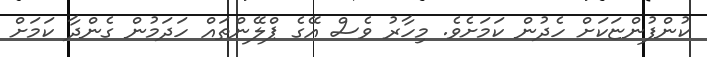
ކުންފުންޏަކަށް ހެދުން ކަމަށެވެ. މިހާރު ވެސް އޭގެ ޕްލޭންތައް ހަދަމުން ގެންދާ ކަމަށް